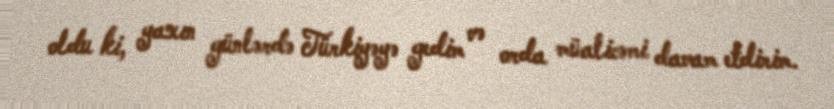
oldu ki, yaxın günlərdə Türkiyəyə gedim və orda müalicəmi davam etdirim.